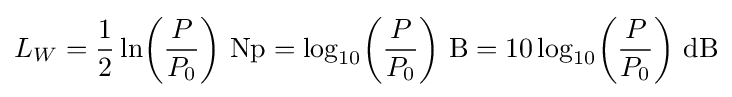
L_{W}={\frac {1}{2}}\ln \!\left({\frac {P}{P_{0}}}\right)\!~\mathrm {Np} =\log _{10}\!\left({\frac {P}{P_{0}}}\right)\!~\mathrm {B} =10\log _{10}\!\left({\frac {P}{P_{0}}}\right)\!~\mathrm {dB}